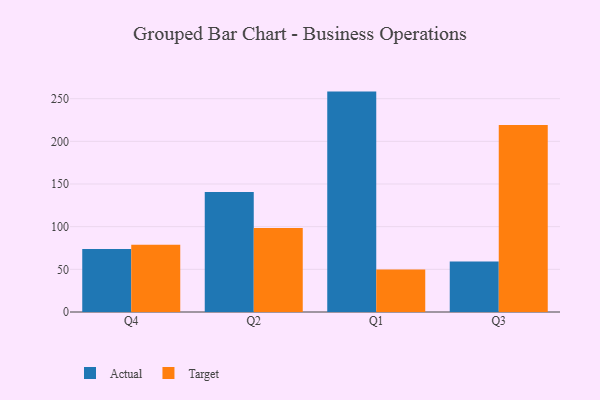
{"axis": {"x": "Quarter", "y": "Headcount"}, "legend": ["Actual", "Target"], "data": [{"x": "Q4", "y": 73.7, "type": "Actual"}, {"x": "Q4", "y": 78.7, "type": "Target"}, {"x": "Q2", "y": 140.7, "type": "Actual"}, {"x": "Q2", "y": 98.4, "type": "Target"}, {"x": "Q1", "y": 258.3, "type": "Actual"}, {"x": "Q1", "y": 49.7, "type": "Target"}, {"x": "Q3", "y": 59.3, "type": "Actual"}, {"x": "Q3", "y": 219.2, "type": "Target"}]}